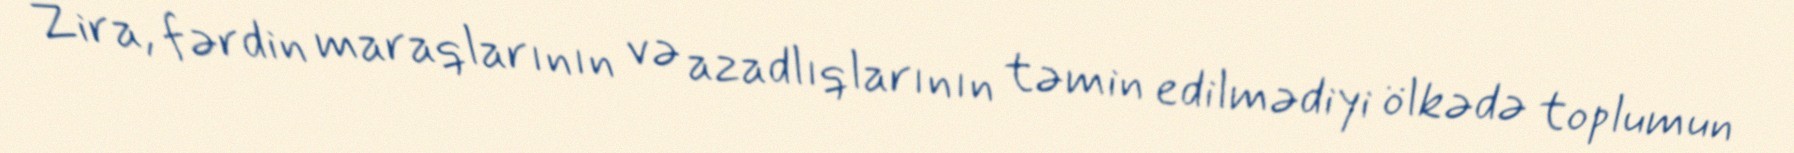
Zira, fərdin maraqlarının və azadlıqlarının təmin edilmədiyi ölkədə toplumun